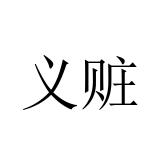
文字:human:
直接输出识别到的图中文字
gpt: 义赃